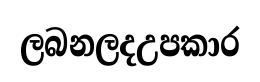
ලබනලදඋපකාර